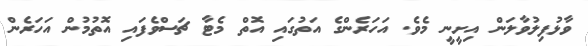
ވާޅުފިލުވާލަން އިށީނީ މެވެ. އަހަރެންގެ އަތުގައި އޮތް މެޓާ ޗަސްވެފައި އޮތުމުން އަހަރެން